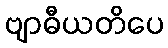
ဗျာဓီယတိပေ